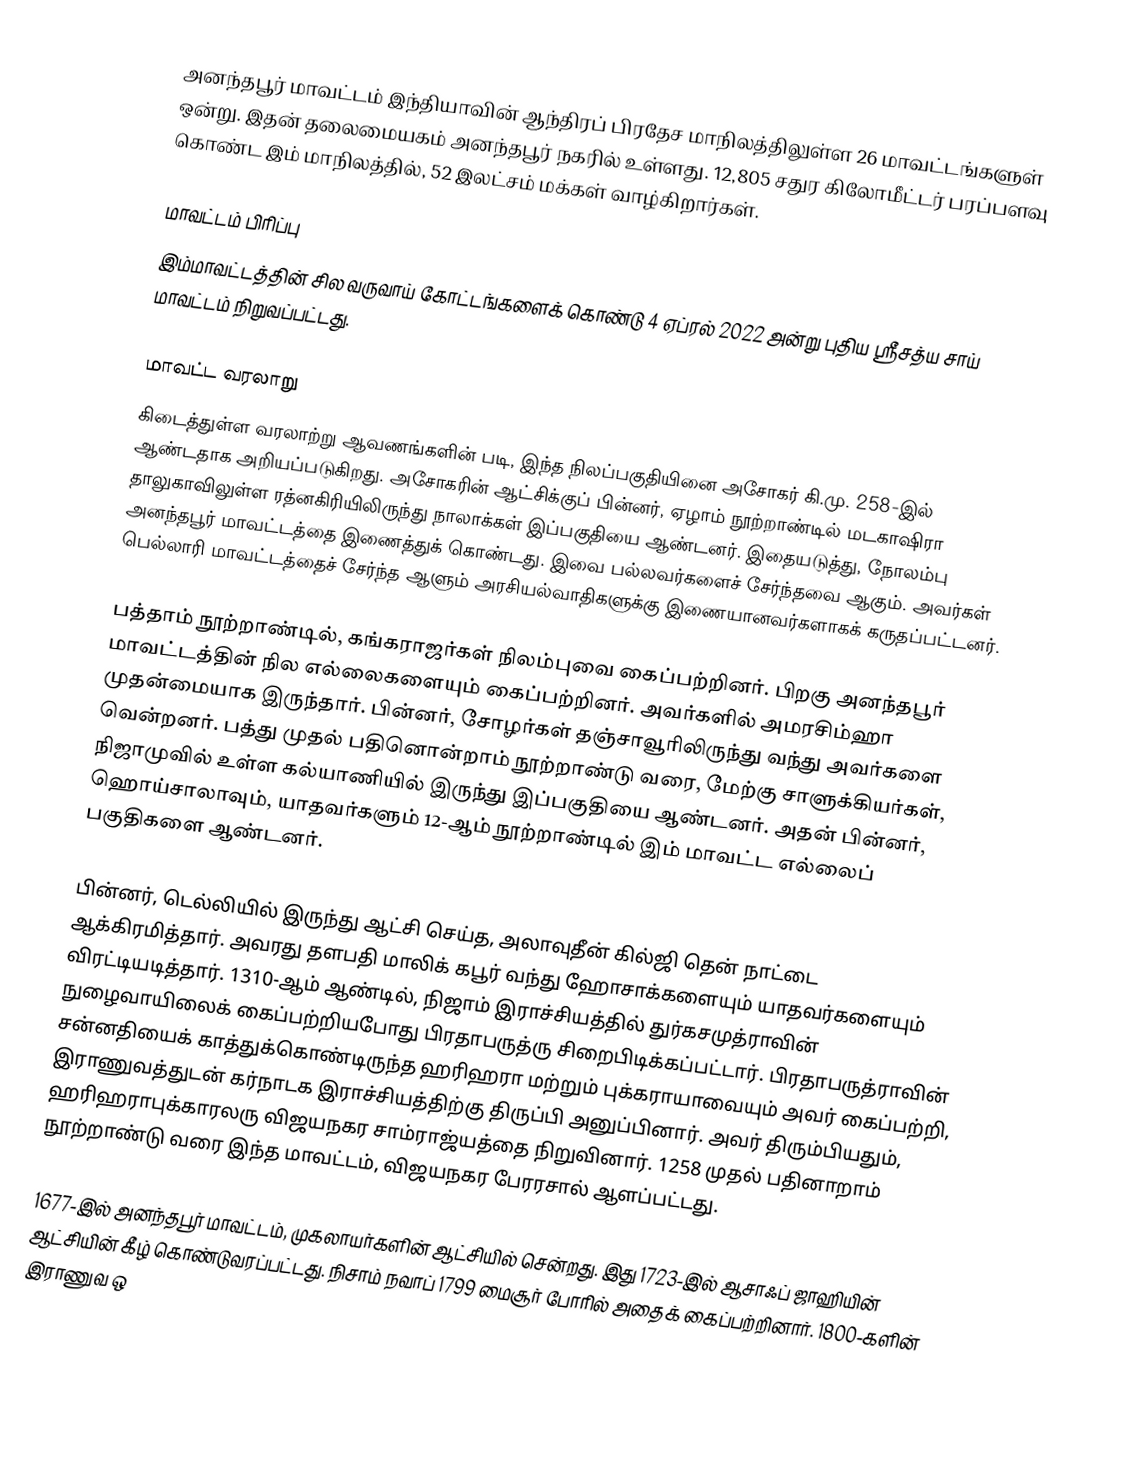
அனந்தபூர் மாவட்டம் இந்தியாவின் ஆந்திரப் பிரதேச மாநிலத்திலுள்ள 26 மாவட்டங்களுள் ஒன்று. இதன் தலைமையகம் அனந்தபூர் நகரில் உள்ளது. 12,805 சதுர கிலோமீட்டர் பரப்பளவு கொண்ட இம் மாநிலத்தில், 52 இலட்சம் மக்கள் வாழ்கிறார்கள்.

மாவட்டம் பிரிப்பு
இம்மாவட்டத்தின் சில வருவாய் கோட்டங்களைக் கொண்டு 4 ஏப்ரல் 2022 அன்று புதிய ஸ்ரீசத்ய சாய் மாவட்டம் நிறுவப்பட்டது.

மாவட்ட வரலாறு
கிடைத்துள்ள வரலாற்று ஆவணங்களின் படி, இந்த நிலப்பகுதியினை அசோகர் கி.மு. 258-இல் ஆண்டதாக அறியப்படுகிறது. அசோகரின் ஆட்சிக்குப் பின்னர், ஏழாம் நூற்றாண்டில் மடகாஷிரா தாலுகாவிலுள்ள ரத்னகிரியிலிருந்து நாலாக்கள் இப்பகுதியை ஆண்டனர். இதையடுத்து, நோலம்பு அனந்தபூர் மாவட்டத்தை இணைத்துக் கொண்டது. இவை பல்லவர்களைச் சேர்ந்தவை ஆகும். அவர்கள் பெல்லாரி மாவட்டத்தைச் சேர்ந்த ஆளும் அரசியல்வாதிகளுக்கு இணையானவர்களாகக் கருதப்பட்டனர்.

பத்தாம் நூற்றாண்டில், கங்கராஜர்கள் நிலம்புவை கைப்பற்றினர். பிறகு அனந்தபூர் மாவட்டத்தின் நில எல்லைகளையும் கைப்பற்றினர். அவர்களில் அமரசிம்ஹா முதன்மையாக இருந்தார். பின்னர், சோழர்கள் தஞ்சாவூரிலிருந்து வந்து அவர்களை வென்றனர். பத்து முதல் பதினொன்றாம் நூற்றாண்டு வரை, மேற்கு சாளுக்கியர்கள், நிஜாமுவில் உள்ள கல்யாணியில் இருந்து இப்பகுதியை ஆண்டனர். அதன் பின்னர், ஹொய்சாலாவும், யாதவர்களும் 12-ஆம் நூற்றாண்டில் இம் மாவட்ட எல்லைப் பகுதிகளை ஆண்டனர்.

பின்னர், டெல்லியில் இருந்து ஆட்சி செய்த, அலாவுதீன் கில்ஜி தென் நாட்டை ஆக்கிரமித்தார். அவரது தளபதி மாலிக் கபூர் வந்து ஹோசாக்களையும் யாதவர்களையும் விரட்டியடித்தார். 1310-ஆம் ஆண்டில், நிஜாம் இராச்சியத்தில் துர்கசமுத்ராவின் நுழைவாயிலைக் கைப்பற்றியபோது பிரதாபருத்ரு சிறைபிடிக்கப்பட்டார். பிரதாபருத்ராவின் சன்னதியைக் காத்துக்கொண்டிருந்த ஹரிஹரா மற்றும் புக்கராயாவையும் அவர் கைப்பற்றி, இராணுவத்துடன் கர்நாடக இராச்சியத்திற்கு திருப்பி அனுப்பினார். அவர் திரும்பியதும், ஹரிஹராபுக்காரலரு விஜயநகர சாம்ராஜ்யத்தை நிறுவினார். 1258 முதல் பதினாறாம் நூற்றாண்டு வரை இந்த மாவட்டம், விஜயநகர பேரரசால் ஆளப்பட்டது.

1677-இல் அனந்தபூர் மாவட்டம், முகலாயர்களின் ஆட்சியில் சென்றது. இது 1723-இல் ஆசாஃப் ஜாஹியின் ஆட்சியின் கீழ் கொண்டுவரப்பட்டது. நிசாம் நவாப் 1799 மைசூர் போரில் அதைக் கைப்பற்றினார். 1800-களின் இராணுவ ஒ